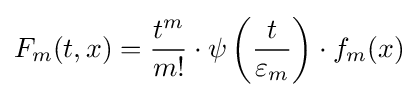
F_{m}(t,x)={t^{m} \over m!}\cdot \psi \left({t \over \varepsilon _{m}}\right)\cdot f_{m}(x)